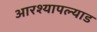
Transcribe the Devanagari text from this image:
आरश्यापल्याड